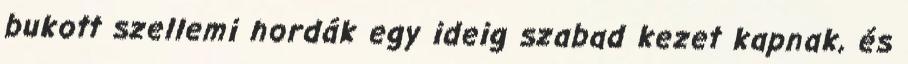
bukott szellemi hordák egy ideig szabad kezet kapnak, és